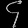
Digit: ၄